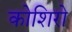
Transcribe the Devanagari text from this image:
कोशिरो